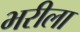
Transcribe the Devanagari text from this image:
भरीला